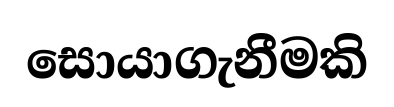
සොයාගැනීමකි